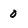
Character: 0